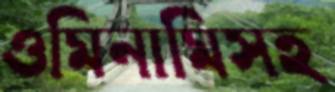
ওমিনামিসহ